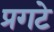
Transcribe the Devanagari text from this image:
प्रगटे